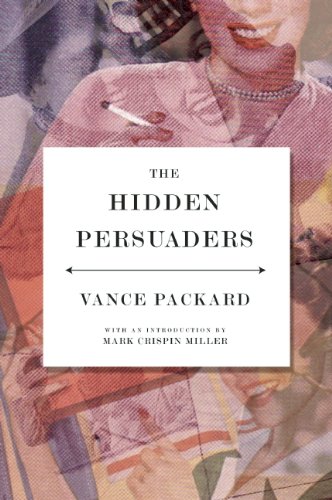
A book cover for The Hidden Persuaders; Vance Packard; Humor & Entertainment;